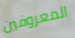
المعروفين